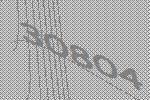
30804